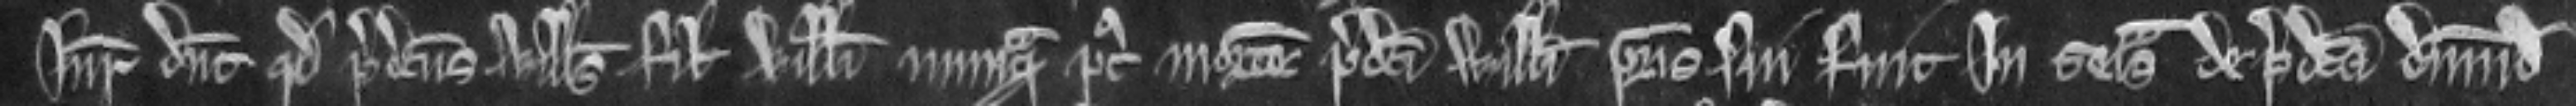
Juratores dicunt quod predictus Willelmus filius Willelmi nunquam post mortem predicti Willelmi patris sui fuit in seisina de predicta dimidia